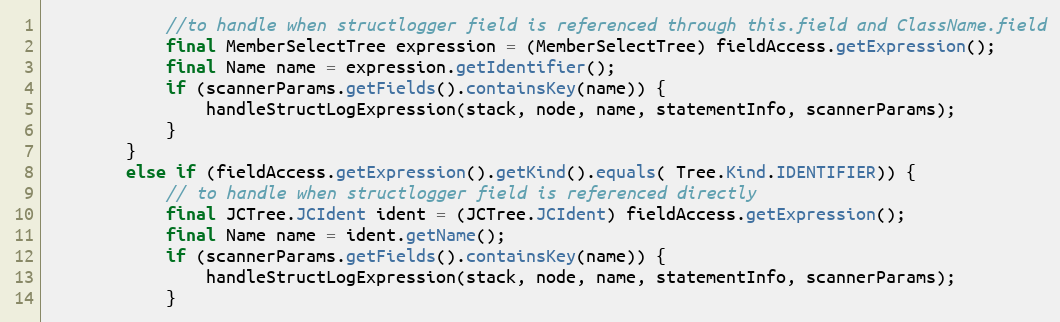
Language: Java
            //to handle when structlogger field is referenced through this.field and ClassName.field
            final MemberSelectTree expression = (MemberSelectTree) fieldAccess.getExpression();
            final Name name = expression.getIdentifier();
            if (scannerParams.getFields().containsKey(name)) {
                handleStructLogExpression(stack, node, name, statementInfo, scannerParams);
            }
        }
        else if (fieldAccess.getExpression().getKind().equals( Tree.Kind.IDENTIFIER)) {
            // to handle when structlogger field is referenced directly
            final JCTree.JCIdent ident = (JCTree.JCIdent) fieldAccess.getExpression();
            final Name name = ident.getName();
            if (scannerParams.getFields().containsKey(name)) {
                handleStructLogExpression(stack, node, name, statementInfo, scannerParams);
            }